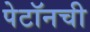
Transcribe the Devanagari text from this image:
पेटॉनची